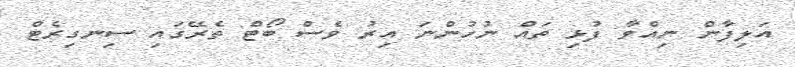
އަލިފާން ނިއްވާ ފުޅި ތައް ނުހުންނަ އިރު ވެސް ބޯޓް ތެރޭގައި ސިނގިރެޓް